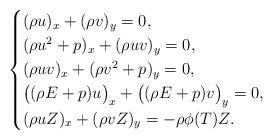
LaTeX: \begin{align*}\begin{cases}(\rho u)_x+(\rho v)_y = 0,\\(\rho u^2+p)_x+(\rho uv)_y = 0,\\(\rho uv)_x+(\rho v^2+p)_y = 0,\\\big((\rho E+p)u\big)_x+\big((\rho E+p)v\big)_y =0,\\(\rho uZ)_x+(\rho vZ)_y = -\rho\phi(T)Z.\end{cases}\end{align*}